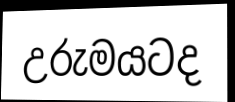
උරුමයටද